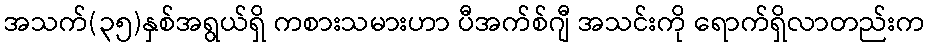
အသက်(၃၅)နှစ်အရွယ်ရှိ ကစားသမားဟာ ပီအက်စ်ဂျီ အသင်းကို ရောက်ရှိလာတည်းက